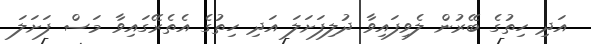
އަދި ހިތުގެ ބޭރުން ލެވިފައިވާ ދުލިފަށަލަ އަދި ހިތުގެ އެތެރޭގައިވާ މަސް ފަށަލަ